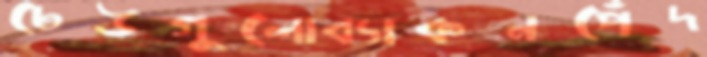
ঢেউগুলোব্যাকনপেঁদ